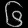
Digit: ၆